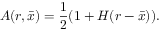
{ \cal A } ( r , \bar { x } ) = { \frac { 1 } { 2 } } ( 1 + H ( r - \bar { x } ) ) .